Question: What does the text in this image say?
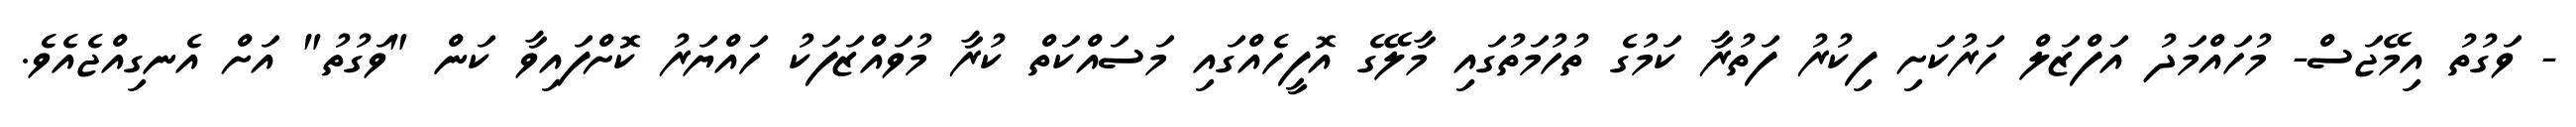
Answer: - ވަގުތު އިމޭޖަސް- މުހައްމަދު އަފްޒަލް ހަރުކަށި ފިކުރު ފަތުރާ ކަމުގެ ތުހުމަތުގައި މާލޭގެ އޮފީހެއްގައި މަސައްކަތް ކުރާ މުވައްޒަފަކު ހައްޔަރު ކޮށްފައިވާ ކަން "ވަގުތު" އަށް އެނގިއްޖެއެވެ.